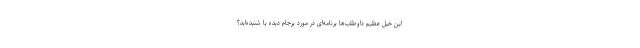
این خیل عظیم داوطلب‌ها برنامه‌ای در مورد برجام دیده یا شنیده‌اید؟